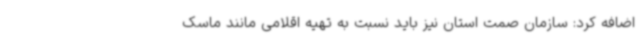
اضافه کرد: سازمان صمت استان نیز باید نسبت به تهیه اقلامی مانند ماسک